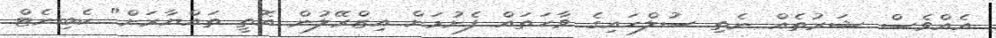
އެއްވެސް ޝަރުތެއް ނެތި ސުލްހައިގެ ވާހަތައް ފެށުމަށް އިޒްރޭލުން އޮތީ ތައްޔާރަށް" ކެބިނެޓް